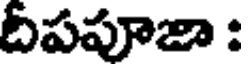
దిపపూజా :